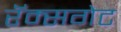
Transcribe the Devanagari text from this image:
रॅम्सगेट